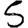
Digit: 5